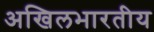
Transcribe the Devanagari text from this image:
अखिलभारतीय